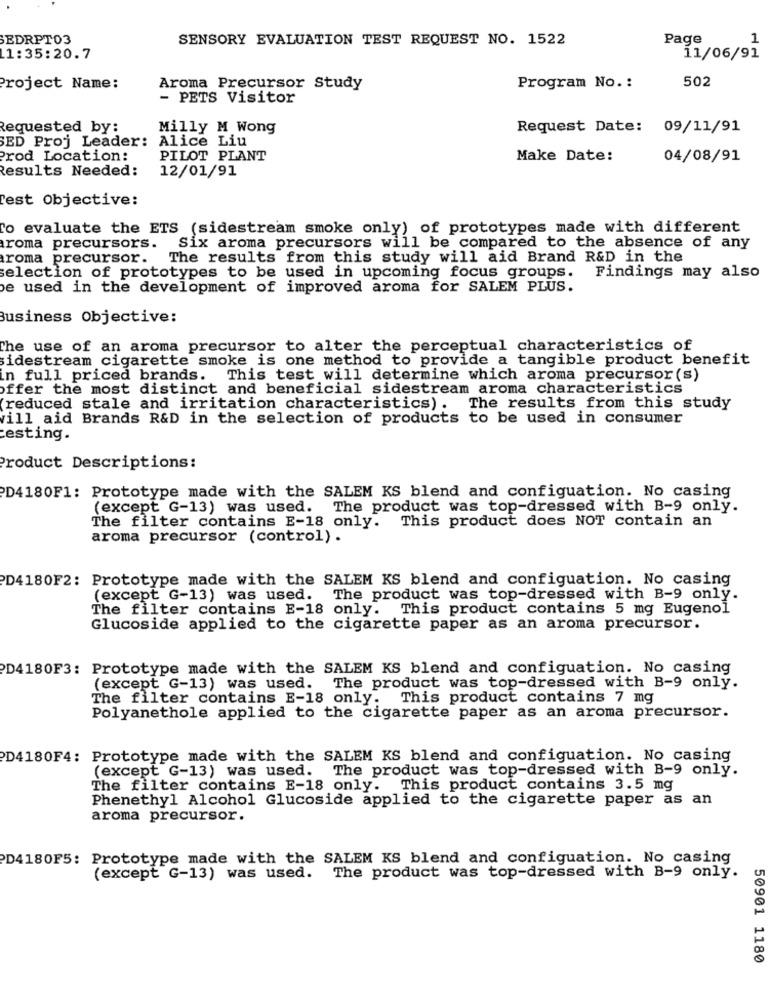
EDRPT03
SENSORY EVALUATION TEST REQUEST NO. 1522
Page
1
1:35:20.7
11/06/91
Project Name:
Aroma Precursor Study
Program No. :
502
- PETS Visitor
Requested by:
Milly M Wong
Request Date: 09/11/91
Alice Liu
SED Proj Leader:
Prod Location:
PILOT PLANT
Make Date:
04/08/91
Results Needed:
12/01/91
Test Objective:
To evaluate the ETS (sidestream smoke only) of prototypes made with different
roma precursors.
Six aroma precursors will be compared to the absence of any
roma precursor.
The results from this study will aid Brand R&D in the
selection of prototypes to be used in upcoming focus groups.
Findings may also
e used in the development of improved aroma for SALEM PLUS.
Business Objective:
The use of an aroma precursor to alter the perceptual characteristics of
sidestream cigarette smoke is one method to provide a tangible product benefit
in full priced brands. This test will determine which aroma precursor (s)
offer the most distinct and beneficial sidestream aroma characteristics
(reduced stale and irritation characteristics) . The results from this study
vill aid Brands R&D in the selection of products to be used in consumer
esting.
Product Descriptions:
PD4180F1: Prototype made with the SALEM KS blend and configuation. No casing
(except G-13) was used. The product was top-dressed with B-9 only.
The filter contains E-18 only. This product does NOT contain an
aroma precursor (control) .
PD4180F2: Prototype made with the SALEM KS blend and configuation. No casing
(except G-13) was used. The product was top-dressed with B-9 only.
The filter contains E-18 only. This product contains 5 mg Eugenol
Glucoside applied to the cigarette paper as an aroma precursor.
D4180F3: Prototype made with the SALEM KS blend and configuation. No casing
(except G-13) was used. The product was top-dressed with B-9 only.
The filter contains E-18 only.
This product contains 7 mg
Polyanethole applied to the cigarette paper as an aroma precursor.
D4180F4: Prototype made with the SALEM KS blend and configuation. No casing
(except G-13) was used. The product was top-dressed with B-9 only.
The filter contains E-18 only. This product contains 3.5 mg
Phenethyl Alcohol Glucoside applied to the cigarette paper as an
aroma precursor.
PD4180F5: Prototype made with the SALEM KS blend and configuation. No casing
(except G-13) was used. The product was top-dressed with B-9 only.
50901 1180